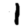
Digit: 1